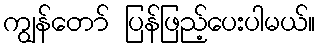
ကျွန်တော် ပြန်ဖြည့်ပေးပါမယ်။